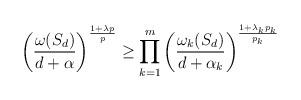
LaTeX: \begin{align*}\left(\frac{\omega(S_d)}{d+\alpha}\right)^{\frac{1+\lambda p}p}\geq\prod_{k=1}^m\left(\frac{\omega_k(S_d)}{d+\alpha_k}\right)^{\frac{1+\lambda_k p_k}{p_k}}\end{align*}